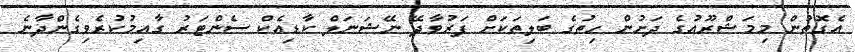
އެގޮތުން މިމަޝްރޫއުގެ ދަށުން ހިތުގެ ބަލިތަކަށް ފަރުވާދޭ ނޭޝަނަލް ކާޑިއެކް ސެންޓަރު ގާއިމުކުރެވިގެންދާނެ